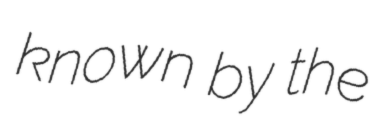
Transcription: known by the